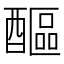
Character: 醧